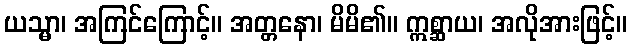
ယသ္မာ၊ အကြင်ကြောင့်။ အတ္တနော၊ မိမိ၏။ ဣစ္ဆာယ၊ အလိုအားဖြင့်။